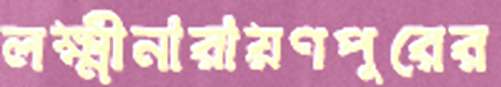
লক্ষ্মীনারায়ণপুরের